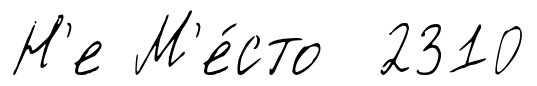
Н'е М'е́сто 2310